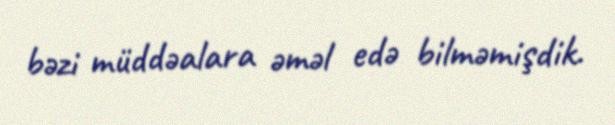
bəzi müddəalara əməl edə bilməmişdik.